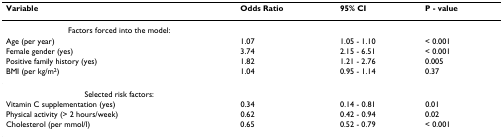
<table><thead><tr><td><b>Variable</b></td><td><b>Odds Ratio</b></td><td><b>95% CI</b></td><td><b>P - value</b></td></tr></thead><tbody><tr><td>Factors forced into the model:</td><td></td><td></td><td></td></tr><tr><td>Age (per year)</td><td>1.07</td><td>1.05 - 1.10</td><td>&lt; 0.001</td></tr><tr><td>Female gender (yes)</td><td>3.74</td><td>2.15 - 6.51</td><td>&lt; 0.001</td></tr><tr><td>Positive family history (yes)</td><td>1.82</td><td>1.21 - 2.76</td><td>0.005</td></tr><tr><td>BMI (per kg/m<sup>2</sup>)</td><td>1.04</td><td>0.95 - 1.14</td><td>0.37</td></tr><tr><td>Selected risk factors:</td><td></td><td></td><td></td></tr><tr><td>Vitamin C supplementation (yes)</td><td>0.34</td><td>0.14 - 0.81</td><td>0.01</td></tr><tr><td>Physical activity (&gt; 2 hours/week)</td><td>0.62</td><td>0.42 - 0.94</td><td>0.02</td></tr><tr><td>Cholesterol (per mmol/l)</td><td>0.65</td><td>0.52 - 0.79</td><td>&lt; 0.001</td></tr></tbody></table>